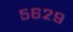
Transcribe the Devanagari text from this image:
५६२९